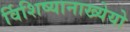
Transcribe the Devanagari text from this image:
र्विशिष्यानाख्येयो